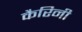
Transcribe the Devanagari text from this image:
कैरिनी